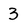
Character: 3